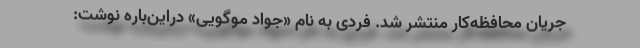
جریان محافظه‌کار منتشر شد. فردی به نام «جواد موگویی» دراین‌باره نوشت: